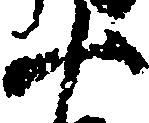
十